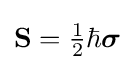
\mathbf {S} ={\tfrac {1}{2}}\hbar {\boldsymbol {\sigma }}